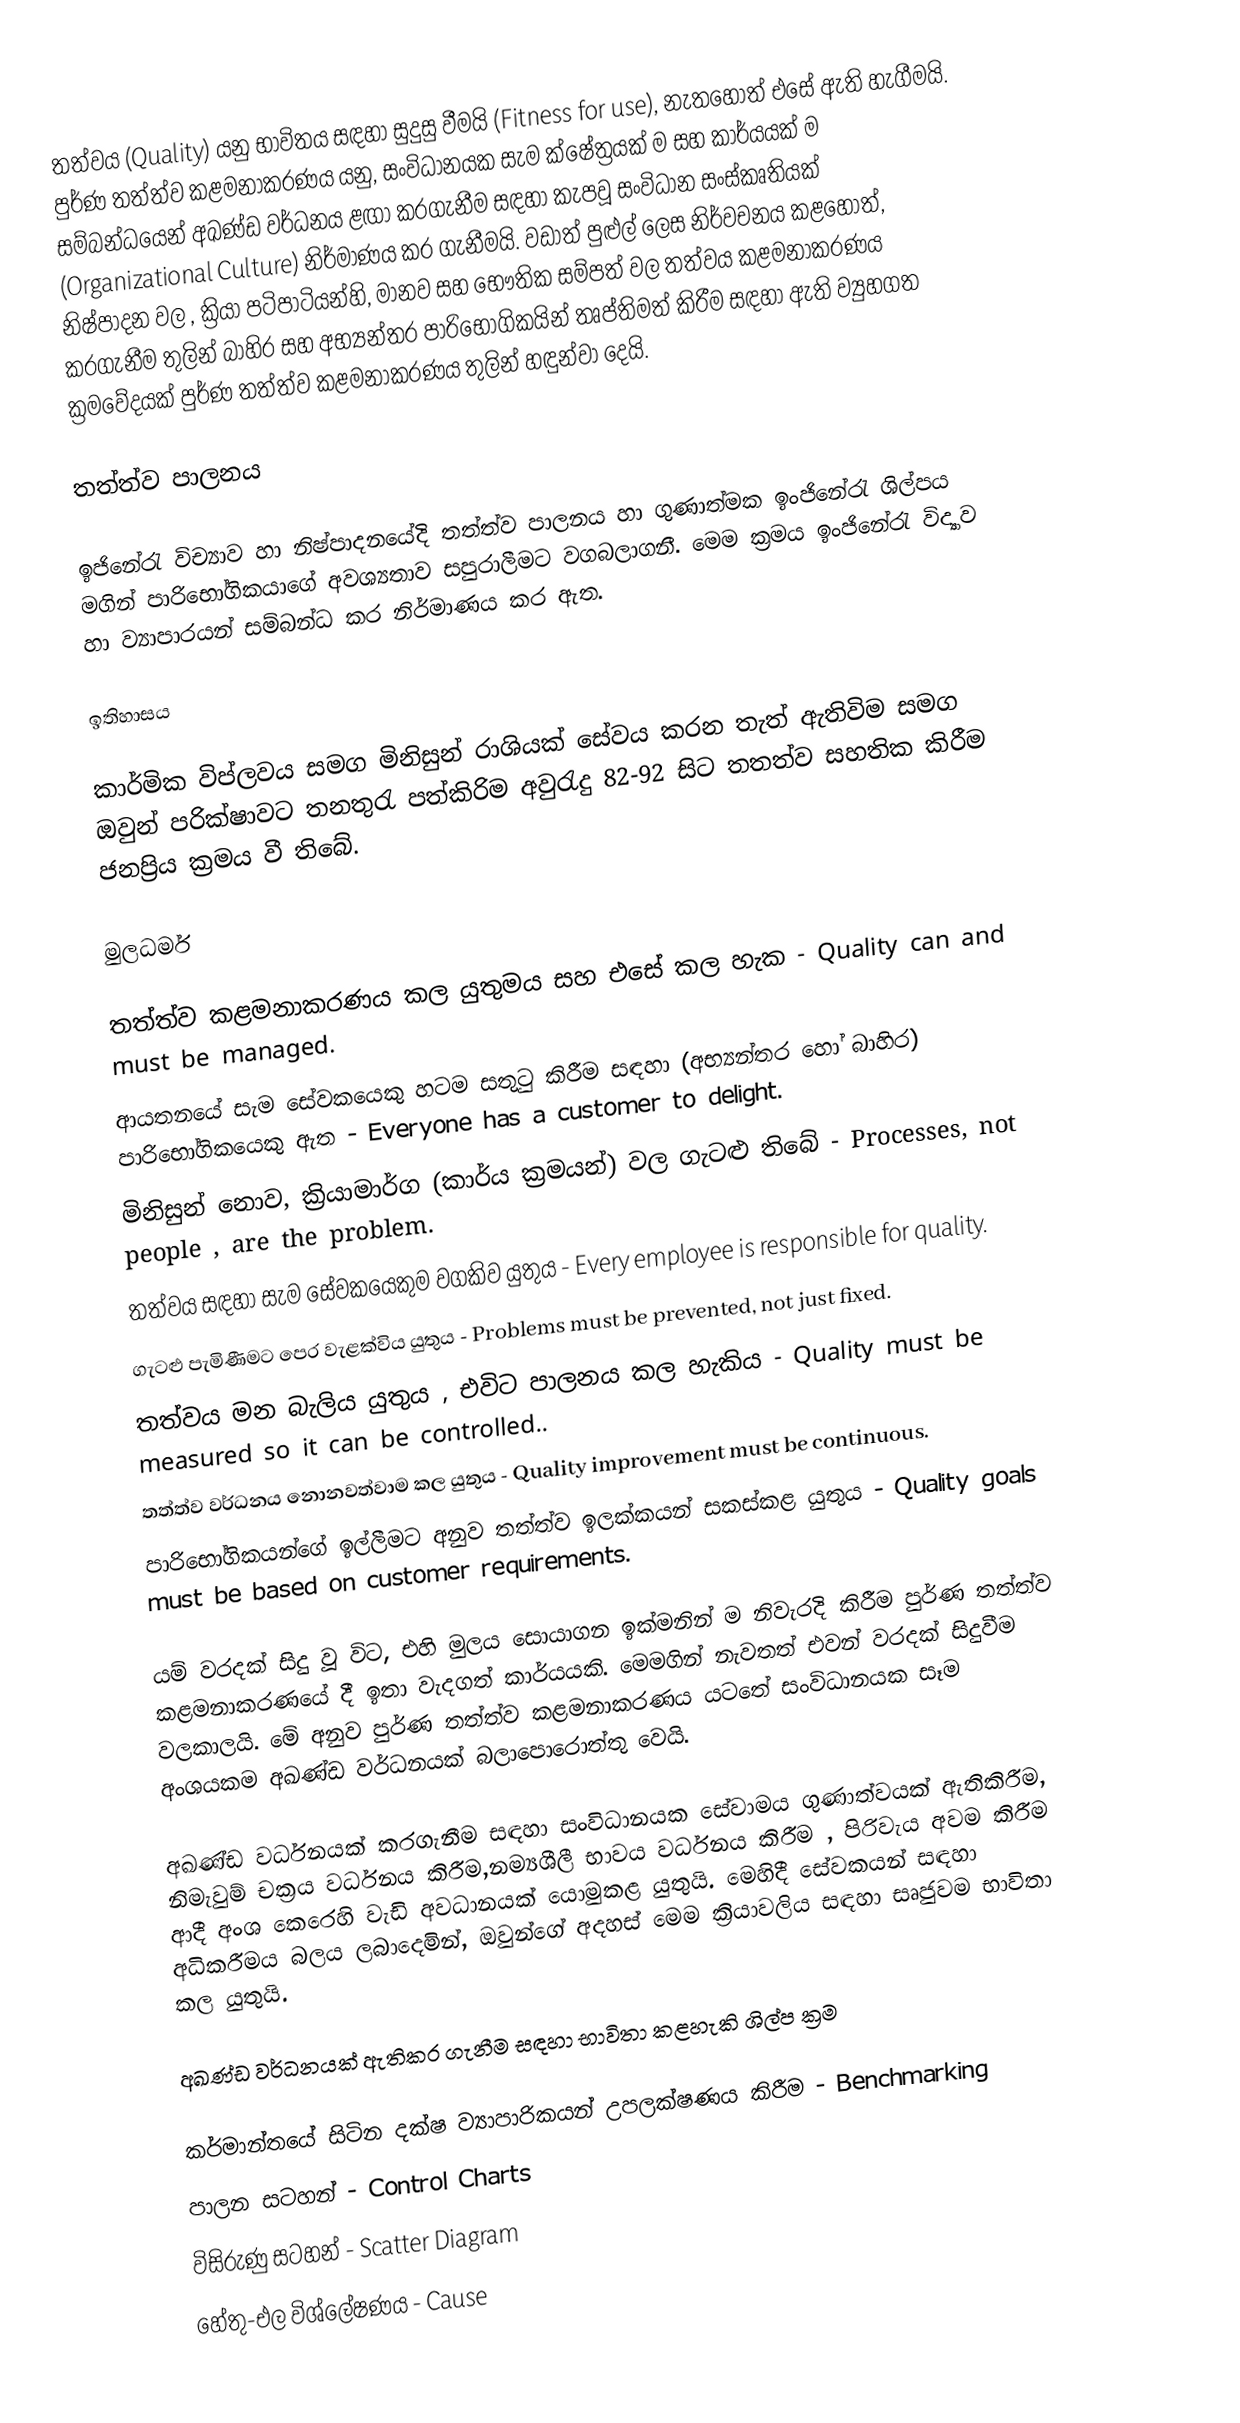
තත්වය (Quality) යනු භාවිතය සඳහා සුදුසු වීමයි (Fitness for use), නැතහොත් එසේ ඇති හැගීමයි. පුර්ණ තත්ත්ව කළමනාකරණය යනු, සංවිධානයක සැම ක්ෂේත්‍රයක් ම සහ කාර්යයක් ම සම්බන්ධයෙන් අඛණ්ඩ වර්ධනය ළඟා කරගැනීම සඳහා කැපවූ සංවිධාන සංස්කෘතියක් (Organizational Culture) නිර්මාණය කර ගැනීමයි. වඩාත් පුළුල් ලෙස නිර්වචනය කළහොත්, නිෂ්පාදන වල , ක්‍රියා පටිපාටියන්හි,  මානව සහ භෞතික සම්පත් වල තත්වය කළමනාකරණය කරගැනීම තුලින් බාහිර සහ අභ්‍යන්තර පාරිභෝගිකයින් තෘප්තිමත් කිරීම සඳහා ඇති ව්‍යුහගත ක්‍රමවේදයක් පුර්ණ තත්ත්ව කළමනාකරණය තුලින් හඳුන්වා දෙයි.

තත්ත්ව පාලනය

ඉජිනේරැ විච්‍යාව හා නිෂ්පාදනයේදි තත්ත්ව පාලනය හා ගුණාත්මක ඉංජිනේරැ ශිල්පය මගින් පාරිභෝගිකයාගේ අවශ්‍යතාව සපුරාලීමට වගබලාගනී. මෙම ක්‍රමය ඉංජිනේරැ විද්‍යාව හා ව්‍යාපාරයන් සම්බන්ධ කර නිර්මාණය කර ඇත.

ඉතිහාසය

කාර්මික විප්ලවය සමග මිනිසුන් රාශියක් සේවය කරන තැත් ඇතිවිම සමග ඔවුන් පරික්ෂාවට තනතුරැ පත්කිරිම අවුරැදු 82-92 සිට තතත්ව සහතික කිරීම ජනප්‍රිය ක්‍රමය වී තිබේ.

මුලධර්ම

තත්ත්ව කළමනාකරණය කල යුතුමය සහ එසේ කල හැක - Quality can and must be managed.
ආයතනයේ සැම සේවකයෙකු හටම සතුටු කිරීම සඳහා (අභ්‍යන්තර හෝ බාහිර) පාරිභෝගිකයෙකු ඇත - Everyone has a customer to delight.
මිනිසුන් නොව, ක්‍රියාමාර්ග (කාර්ය ක්‍රමයන්) වල ගැටළු තිබේ - Processes, not people , are the problem.
තත්වය සඳහා සැම සේවකයෙකුම වගකිව යුතුය - Every employee is responsible for quality.
ගැටළු පැමිණීමට පෙර වැළක්විය යුතුය - Problems must be prevented, not just fixed.
තත්වය මන බැලිය යුතුය , එවිට පාලනය කල හැකිය - Quality must be measured so it can be controlled..
තත්ත්ව වර්ධනය නොනවත්වාම කල යුතුය - Quality improvement must be continuous.
පාරිභෝගිකයන්ගේ ඉල්ලීමට අනුව තත්ත්ව ඉලක්කයන් සකස්කළ යුතුය - Quality goals must be based on customer requirements.

යම් වරදක් සිදු වූ විට, එහි මුලය සොයාගන ඉක්මනින් ම නිවැරදි කිරීම පුර්ණ තත්ත්ව කළමනාකරණයේ දී ඉතා වැදගත් කාර්යයකි. මෙමගින් නැවතත් එවන් වරදක් සිදුවීම වලකාලයි. මේ අනුව පුර්ණ තත්ත්ව කළමනාකරණය යටතේ සංවිධානයක සෑම අංශයකම අඛණ්ඩ වර්ධනයක් බලාපොරොත්තු වෙයි.

අඛණ්ඩ වර්ධනයක් කරගැනීම සඳහා සංවිධානයක සේවාමය ගුණාත්වයක් ඇතිකිරීම, නිමැවුම් චක්‍රය වර්ධනය කිරීම,නම්‍යශීලී භාවය වර්ධනය කිරීම , පිරිවැය අවම කිරීම ආදී අංශ කෙරෙහි වැඩි අවධානයක් යොමුකළ යුතුයි. මෙහිදී සේවකයන් සඳහා අධිකරීමය බලය ලබාදෙමින්, ඔවුන්ගේ අදහස් මෙම ක්‍රියාවලිය සඳහා සෘජුවම භාවිතා කල යුතුයි.

අඛණ්ඩ වර්ධනයක් ඇතිකර ගැනීම සඳහා භාවිතා කළහැකි ශිල්ප ක්‍රම

කර්මාන්තයේ සිටින දක්ෂ ව්‍යාපාරිකයන් උපලක්ෂණය කිරීම - Benchmarking
පාලන සටහන් - Control Charts
විසිරුණු සටහන් - Scatter Diagram
හේතු-එල විශ්ලේෂණය - Cause